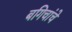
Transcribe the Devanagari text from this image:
बगिचांचे